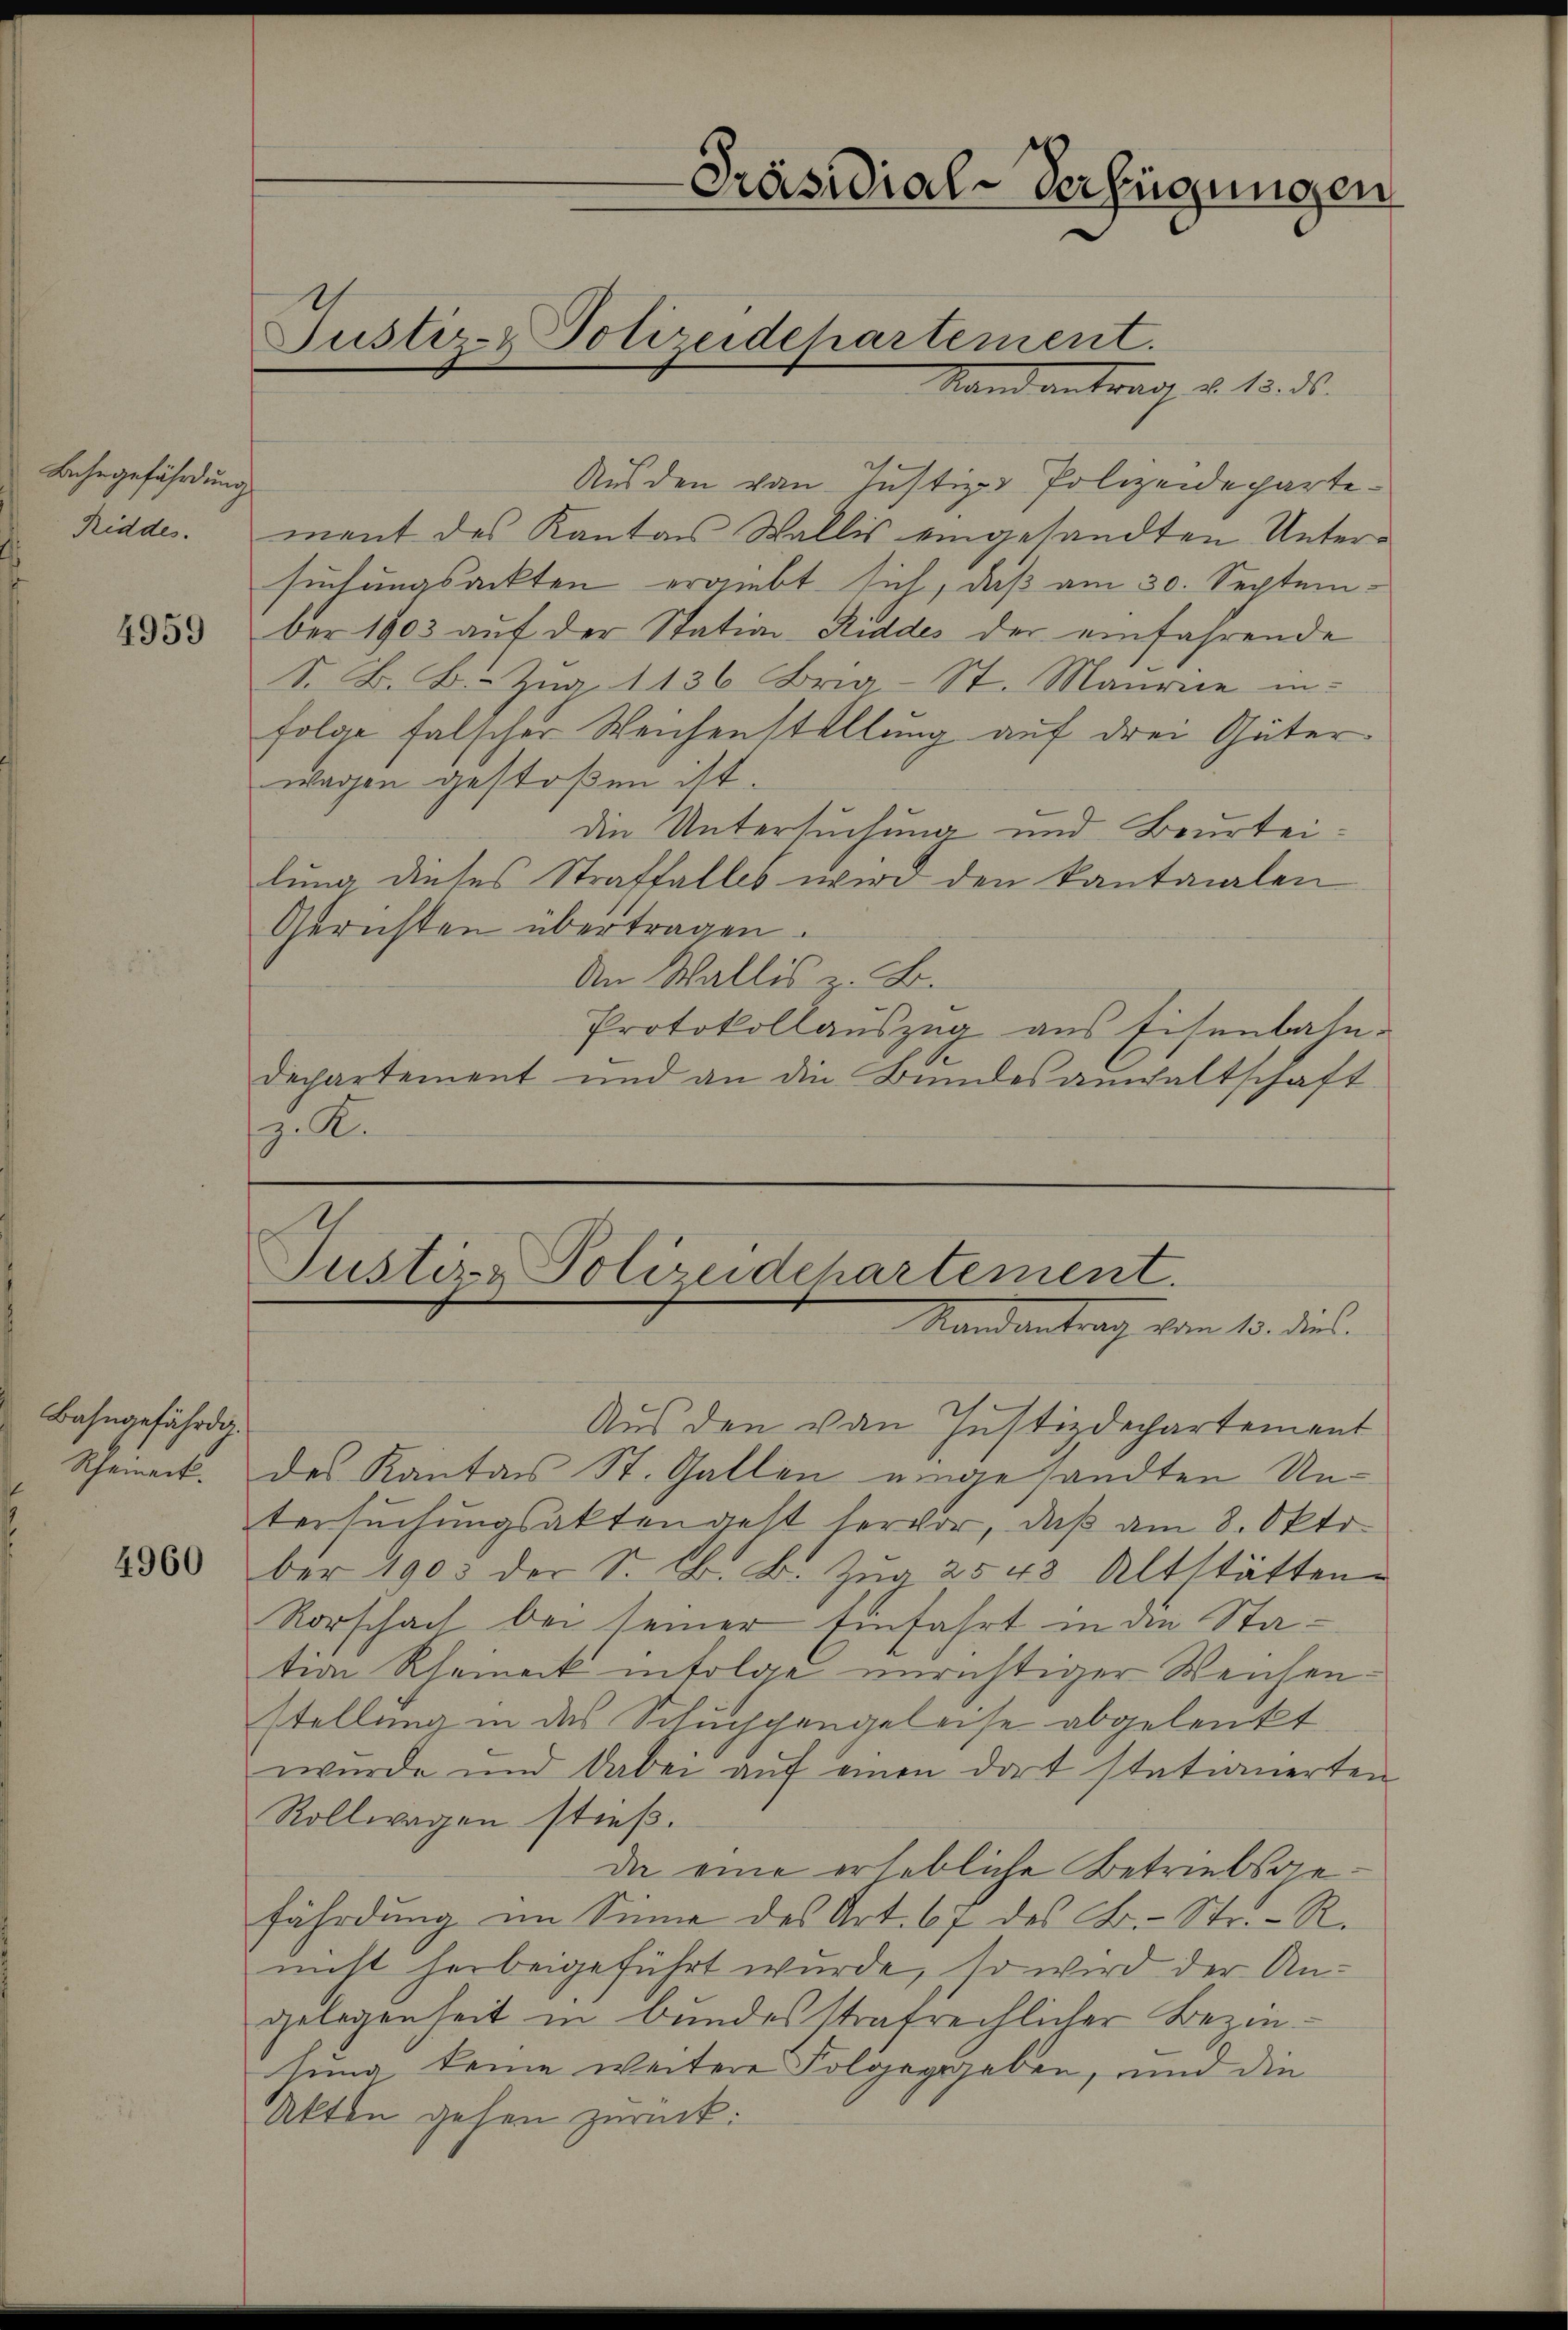
Behrgefährdung
Riddes.

4959

Bahngefährdi¬
Rheinert.

4960

Justiz- & Polizeidehartement.

Aus den von Justiz-Polizeidepartement des Kanton Wallis eingesandten Untersuchungsackten ergiebt sich, daß am 30. September 1903 auf der Station Riddes der einfahrende
S. B. B. Zug. 1136 Bria-St. Maurie in
folge falscher Weichenstellung auf drei Güter.
wagen gestoßen ist.
die Untersuchung und Beurteilung dieses Straffalles wird den Kantonalen
Gerichten übertragen.
An Wallis z. B.
Protokollauszug aus Eisenbahn-
dechartement und an die Bŭndesaushaltschaft
. K.

Präsidial-Verfügungen

Justiz & Polizeidchartement.
Mandantrag vom 13. Jul.

Stand antragt, u. 15. ds.

Aus den von Justizdechartement
des Kanton St. Gallen eingesandten Untersuchungsaktengest hervor, daß am 8. Okto
ber 1903 der S. K. B. Zug 2543 Altstätten
Rorschach bei seiner Einfahrt in an Station Rheinack infolge unrichtiger Weichen
stellung in das Schuchgengeleise abgelenkt
wurde und dabei auf einen dort stationierten
Rollwagen stieß.
da eine erhebliche Betriebsgefährdung im Sinne des Art. 67 des B.- Str. R.
nicht herbeigeführt wurde, so wird der Angelegenheit in bundesstrafrechlicher Beziesung keine weitere Folgegegeben, und die
Akten gehen zurück: